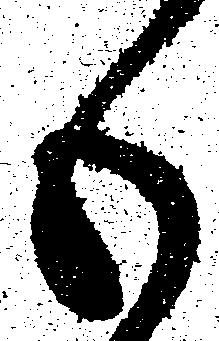
も